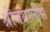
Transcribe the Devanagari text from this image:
श्रीबयालीस